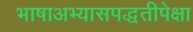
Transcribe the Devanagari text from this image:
भाषाअभ्यासपद्धतीपेक्षा